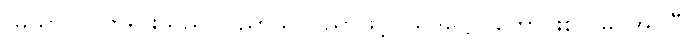
(မယာ)၊ ငါဘုရားသည်။ ပညာယ၊ ပညာဖြင့်။ သုဒိဋ္ဌော၊ ကောင်းစွာ မြင်အပ်ပြီ။